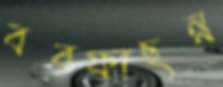
বরফাছন্ন